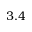
3 . 4